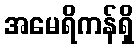
အမေရိကန်ရှိ